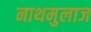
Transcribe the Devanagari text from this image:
नाथमुलाज